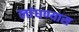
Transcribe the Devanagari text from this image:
लांघण्यास